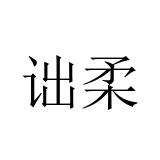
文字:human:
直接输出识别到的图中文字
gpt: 诎柔